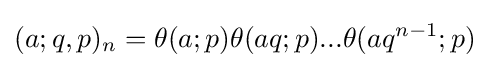
\displaystyle (a;q,p)_{n}=\theta (a;p)\theta (aq;p)...\theta (aq^{n-1};p)